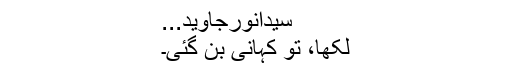
سیدانورجاوید...
لکھا، تو کہانی بن گئی۔